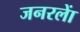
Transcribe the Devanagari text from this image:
जनरलाें